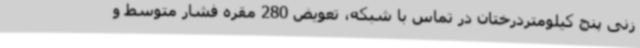
زنی پنج کیلومتردرختان در تماس با شبکه، تعویض 280 مقره فشار متوسط و